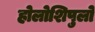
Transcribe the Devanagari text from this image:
होलोशिपुलो